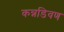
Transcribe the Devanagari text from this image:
कन्नडिवण